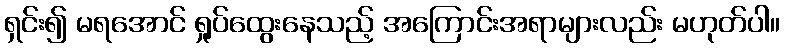
ရှင်း၍ မရအောင် ရှုပ်ထွေးနေသည့် အကြောင်းအရာများလည်း မဟုတ်ပါ။